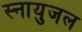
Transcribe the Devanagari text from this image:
स्नायुजल